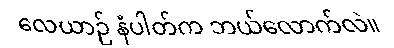
လေယာဉ် နံပါတ်က ဘယ်လောက်လဲ။